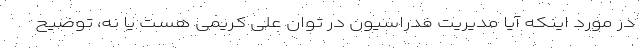
در مورد اینکه آیا مدیریت فدراسیون در توان علی کریمی هست یا نه، توضیح